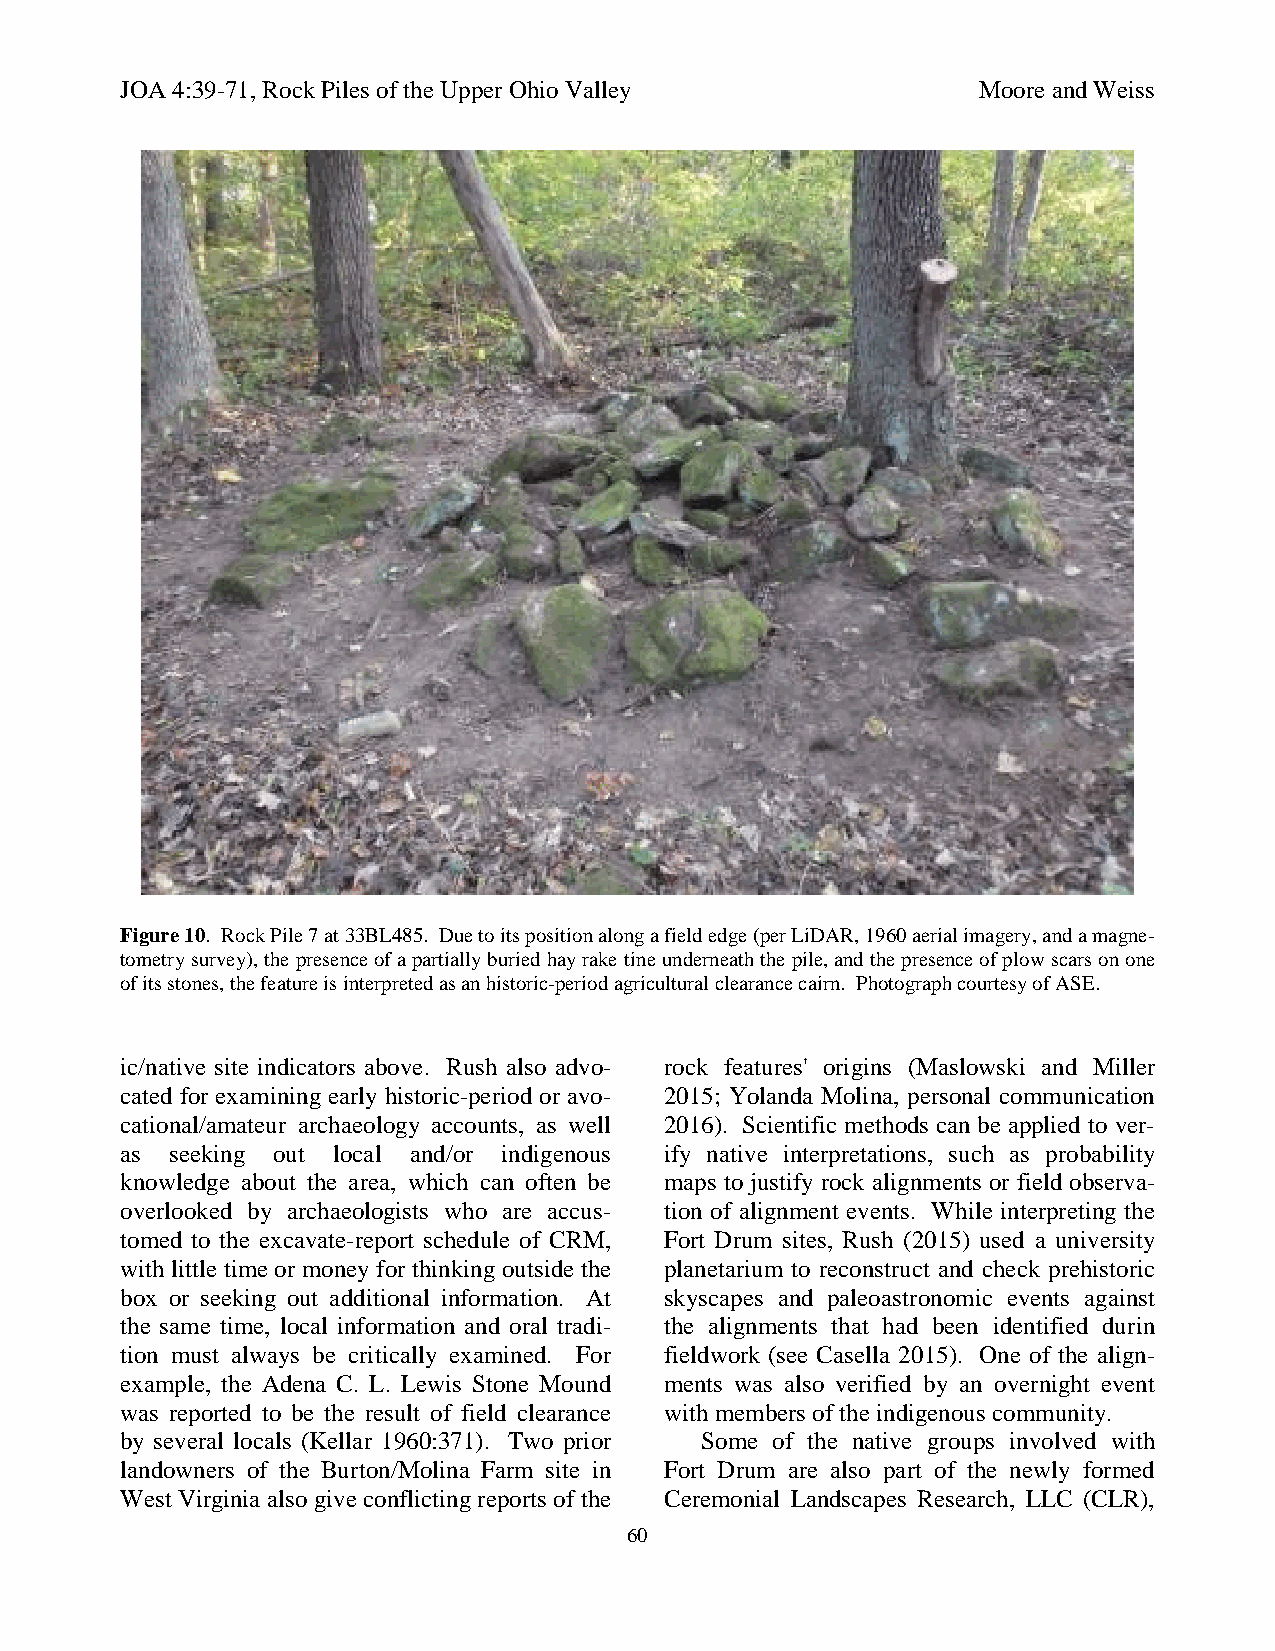
JOA 4:39-71, Rock Piles of the Upper Ohio Valley         Moore and Weiss
 Figure 10. Rock Pile 7 at 33BL485. Due to its position along a field edge (per LiDAR, 1960 aerial imagery, and a magne-
 tometry survey), the presence of a partially buried hay rake tine underneath the pile, and the presence of plow scars on one
 of its stones, the feature is interpreted as an historic-period agricultural clearance cairn. Photograph courtesy of ASE.
 ic/native site indicators above. Rush also advo- rock features' origins (Maslowski and Miller
 cated for examining early historic-period or avo- 2015; Yolanda Molina, personal communication
 cational/amateur archaeology accounts, as well 2016). Scientific methods can be applied to ver-
 as seeking out local and/or indigenous ify native interpretations, such as probability
 knowledge about the area, which can often be maps to justify rock alignments or field observa-
 overlooked by archaeologists who are accus- tion of alignment events. While interpreting the
 tomed to the excavate-report schedule of CRM, Fort Drum sites, Rush (2015) used a university
 with little time or money for thinking outside the planetarium to reconstruct and check prehistoric
 box or seeking out additional information. At skyscapes and paleoastronomic events against
 the same time, local information and oral tradi- the alignments that had been identified durin
 tion must always be critically examined. For fieldwork (see Casella 2015). One of the align-
 example, the Adena C. L. Lewis Stone Mound ments was also verified by an overnight event
 was reported to be the result of field clearance with members of the indigenous community.
 by several locals (Kellar 1960:371). Two prior Some of the native groups involved with
 landowners of the Burton/Molina Farm site in Fort Drum are also part of the newly formed
 West Virginia also give conflicting reports of the Ceremonial Landscapes Research, LLC (CLR),
 60